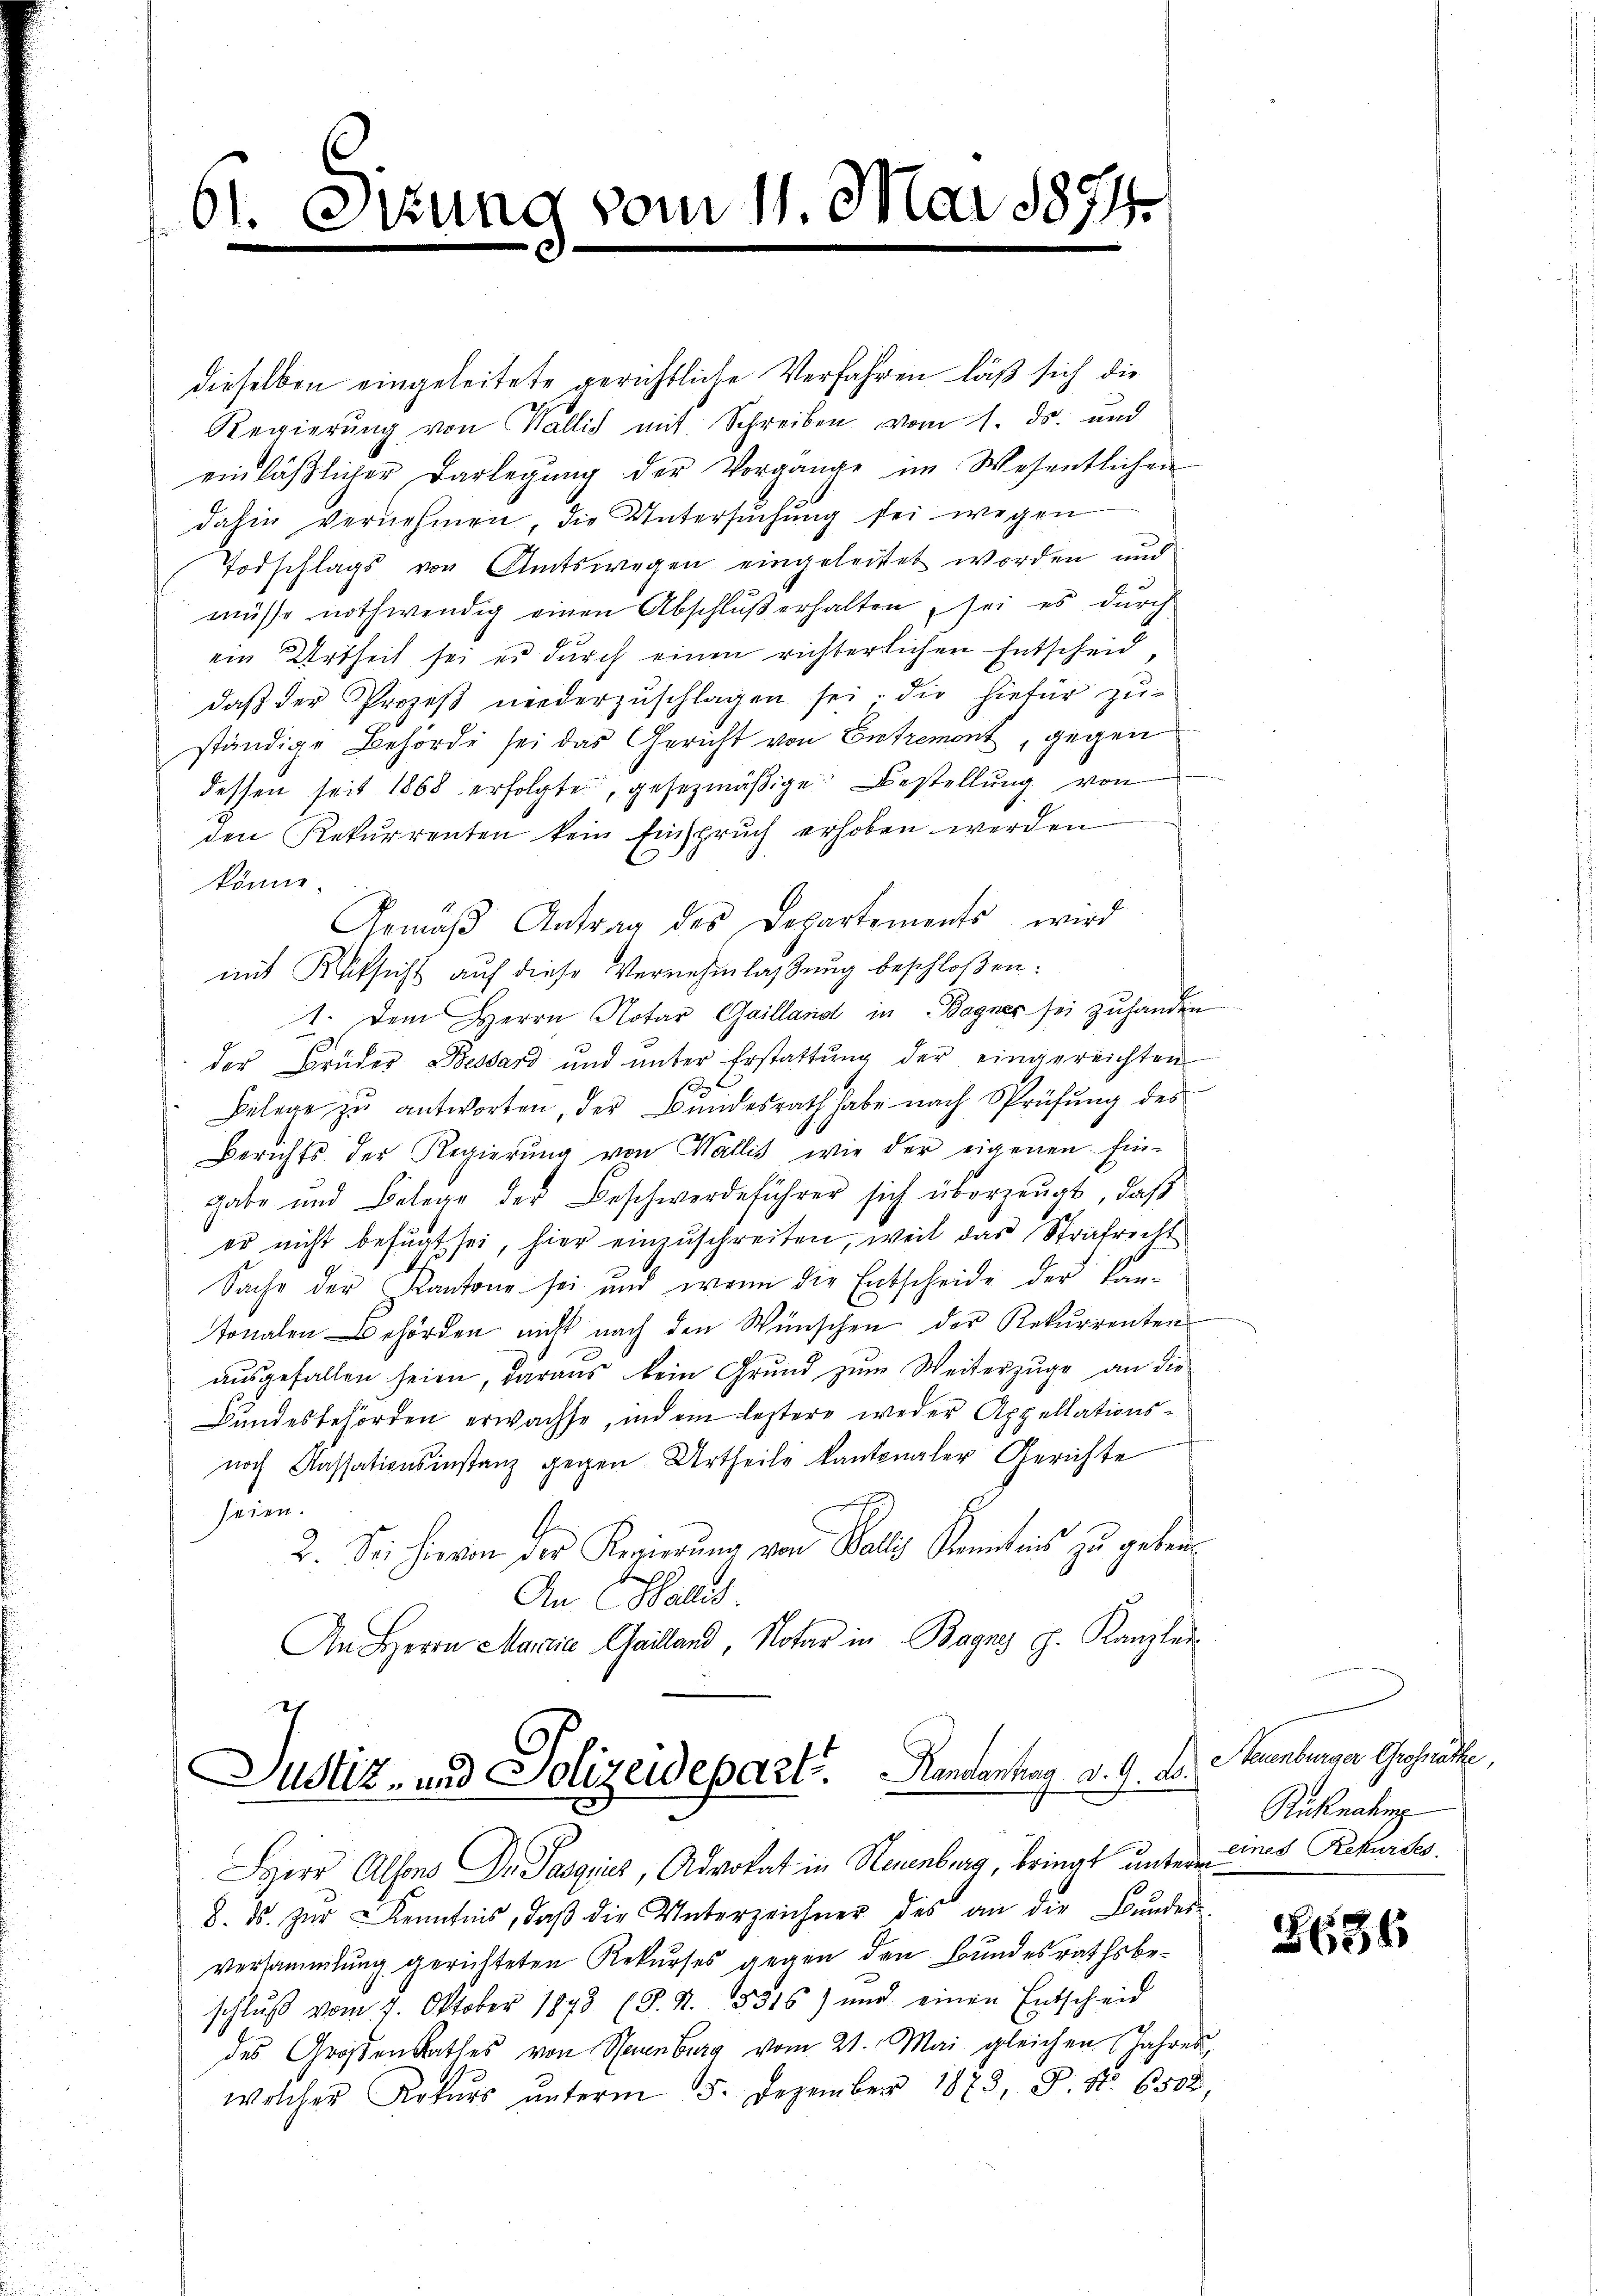
61. Itzung vom 11. Mai 1874.

dieselben eingeleitete gerichtliche Verfahren läß sich die
Regierŭng von Wallis mit Schreiben vom 1. ds. und
einläßlicher Darlegung der Vorgange im Wesentlichen
dahin vernehmen die Untersuchung sei wegen
Todschlags von Amtswegen eingeleitet worden und
müsse nothwendig einen Abschluß erhalten sei es durch
ein Urtheil sei es durch einen richterlichen Entscheid,
daß der Prozeß niederzuschlagen sei, die hiefür zuständige Behörde sei das Gericht von Entrement, gegen
dessen seit 1868 erfolgte, gesezmäßige Bestellung von
den Rekurrenten kein Einspruch erhoben werden
könne.
Gemäβ Antrag des Departements, wird
mit Rüksicht auf diese Vernehmlassung beschloßen:
1. Dem Herrn Notar Gailland in Bagner sei zuhanden
der Brüder Bessard und unter Erstattung der eingereichten
Belege zu antworten, der Bundesrath habe nach Sprüfung des
Berichts der Regierŭng von Wallis, wie der eigenen Ein-
gabe und Belege der Beschwerdeführer sich überzeugt, daß
er nicht befugt sei, hier einzuschreiten, weil das Strafrecht
Sache der Kantone sei und wenn die Entscheide der Kantonalen Behörden nicht nach den Wünschen der Rekurrenten
ausgefallen seien, daraus kein Grund zum Weiterzuge an die
Bundesbehörden erwachse, indem leztere weder Appellationsnoch Kassationsinstanz gegen Urtheile kantonaler Gerichte
seien.
2. Sei hievon der Regierung von Holly Kenntnis zu geben¬
An Wallis
An Herrn Maria Gailland, Notar in Bagnys p. Kanzlei

ch
Justiz- und Polizeidepart.   Randenhag v. 9. Dr. Steuenburger Gesuche,

Herr Alfons Dr. Pasgries, Advokat in Neuenburg, bringt unter eines Rekurses.
8. ds. zŭr Kenntnis, daβ die Unterzeichner des an die Bŭndes-
versammlung gerichteten Rekurses gegen den Bundesrathsbeschlŭβ vom 7. Oktober 1843 (S. S. 5316) und einen Entscheid
des Großen Rathes von Neuenburg vom 21. Mai gleichen Jahres,
welcher Rekŭrs ŭnterm 5. Dezember 1873, P. Nr. 6500

Rücknahm

8636